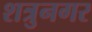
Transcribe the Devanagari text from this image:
शत्रुनगर